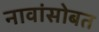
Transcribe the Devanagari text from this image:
नावांसोबत